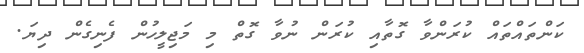
ކަންތައްތައް ކުރަންވާ ގޮތާއި ކުރަން ނުވާ ގޮތް މި މަޖިލީހުން ފެނިގެން ދިޔަ.